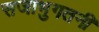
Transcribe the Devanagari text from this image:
सजाभुगतनी